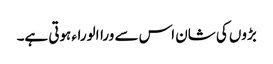
بڑوں کی شان اس سے وراالوراء ہوتی ہے۔